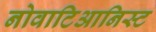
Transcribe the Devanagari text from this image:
नोवाटिआनिस्ट